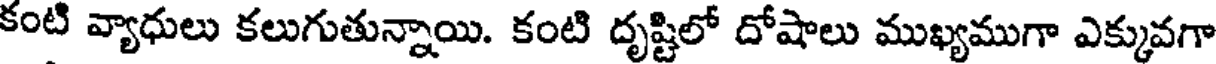
కంటి వ్యాధులు కలుగుతున్నాయి. కంటి దృష్టిలో దోషాలు ముఖ్యముగా ఎక్కువగా